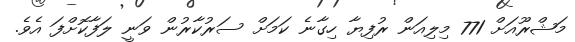
މަޝްރޫއަށް 771 މިލިއަން ރުފިޔާ ހިގާނެ ކަމަށް ސަރުކާރުން ވަނީ ލަފާކޮށްފަ އެވެ.